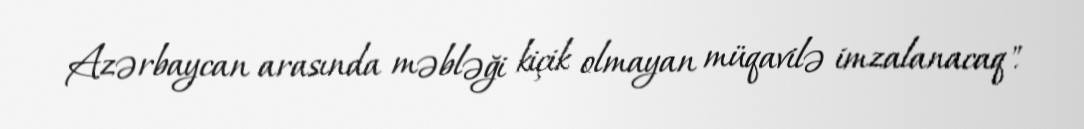
Azərbaycan arasında məbləği kiçik olmayan müqavilə imzalanacaq".